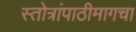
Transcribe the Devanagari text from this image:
स्तोत्रांपाठीमागचा